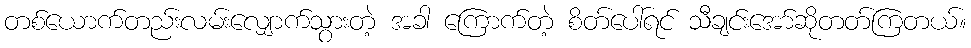
တစ်ယောက်တည်းလမ်းလျှောက်သွားတဲ့ အခါ ကြောက်တဲ့ စိတ်ပေါ်ရင် သီချင်းအော်ဆိုတတ်ကြတယ်။